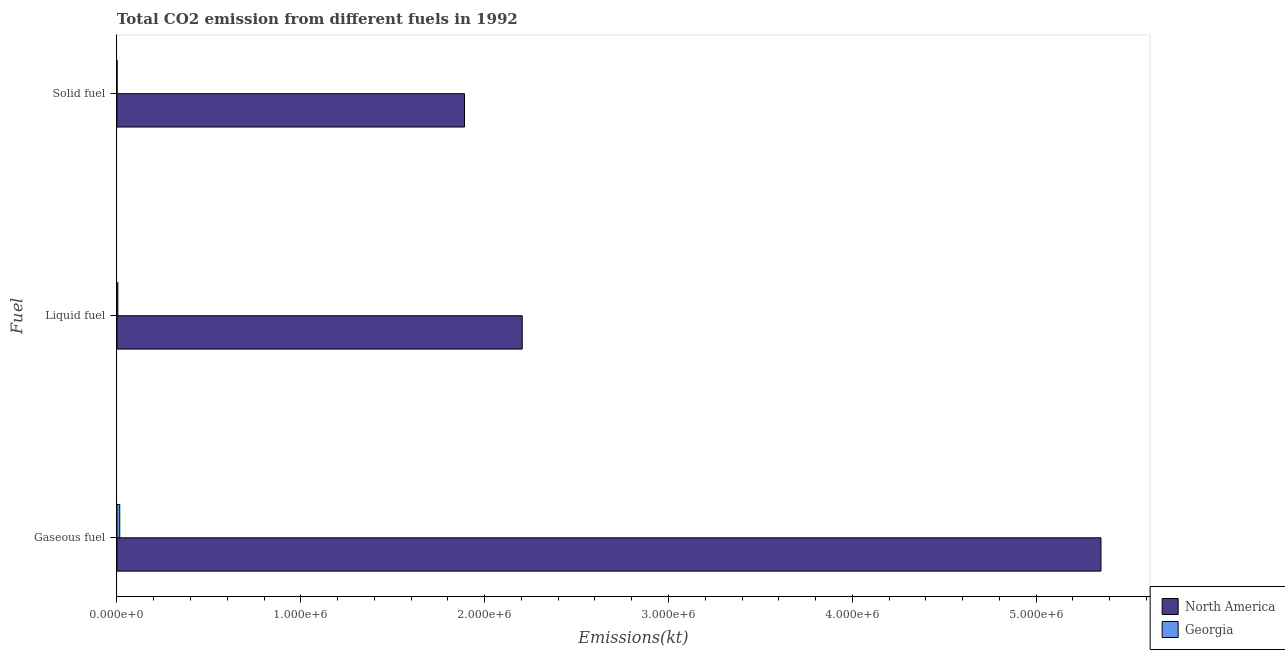
| Fuel | North America | Georgia |
 | --- | --- | --- |
 | Gaseous fuel | 5.35e+06 | 1.53e+04 |
 | Liquid fuel | 2.2e+06 | 5.05e+03 |
 | Solid fuel | 1.89e+06 | 968 |